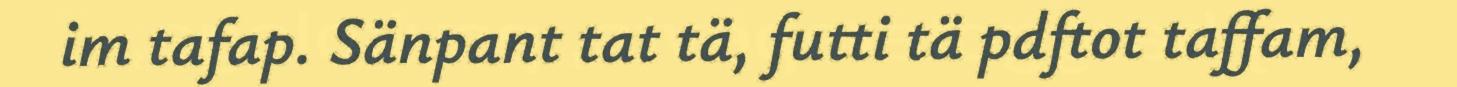
im tafap. Sänpant tat tä, futti tä pdftot taffam,